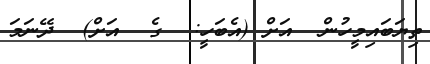
ތިޔަބައިމީހުން  އަށް (އެބަހީ:  ގެ  އަށް)  ދޭނަމަ